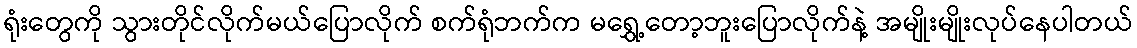
ရုံးတွေကို သွားတိုင်လိုက်မယ်ပြောလိုက် စက်ရုံဘက်က မရွှေ့တော့ဘူးပြောလိုက်နဲ့ အမျိုးမျိုးလုပ်နေပါတယ်